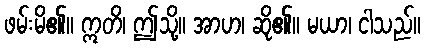
ဖမ်းမိ၏။ ဣတိ၊ ဤသို့။ အာဟ၊ ဆို၏။ မယာ၊ ငါသည်။